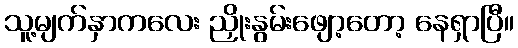
သူ့မျက်နှာကလေး ညှိုးနွမ်းဖျော့တော့ နေရှာပြီ။